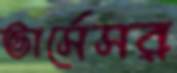
ভার্সেসর